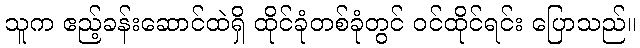
သူက ဧည့်ခန်းဆောင်ထဲရှိ ထိုင်ခုံတစ်ခုံတွင် ဝင်ထိုင်ရင်း ပြောသည်။